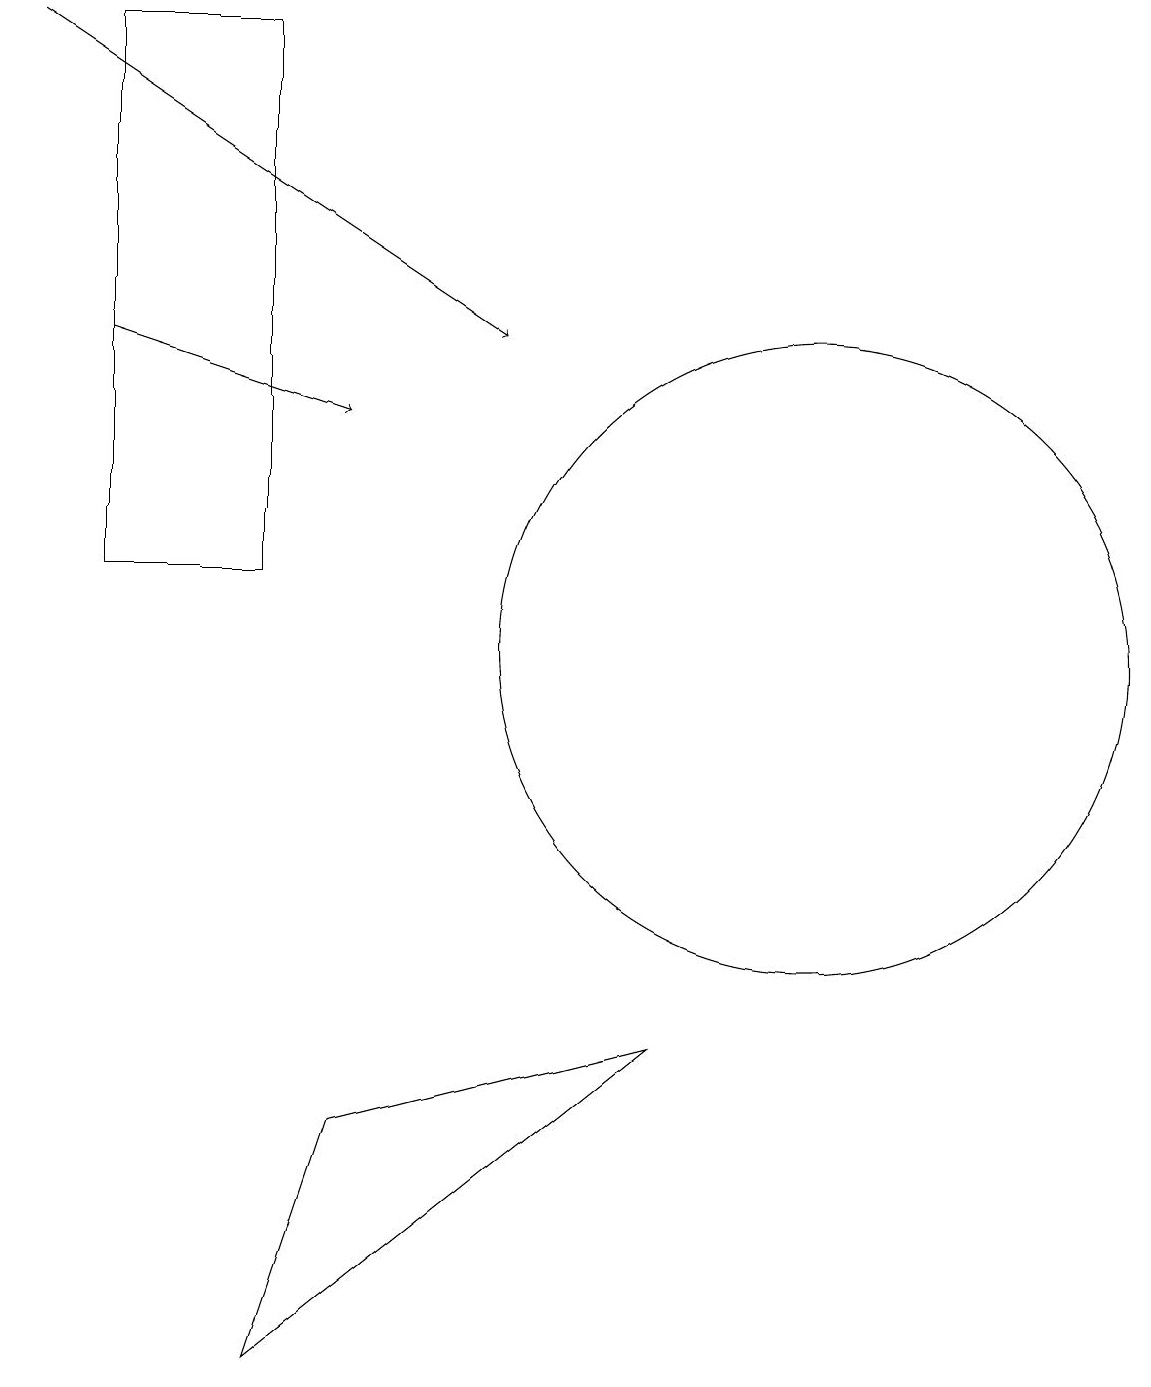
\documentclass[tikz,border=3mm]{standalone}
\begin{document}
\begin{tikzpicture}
\draw[->] (1,14) -- (4,13);
\draw[->] (0,18) -- (6,14);
\draw (8,5) -- (3,1) -- (4,4) -- cycle;
\draw (1,18) rectangle (3,11);
\draw (10,10) circle (4);
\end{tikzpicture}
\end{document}